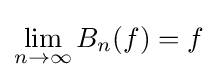
\lim _{n\to \infty }{B_{n}(f)}=f